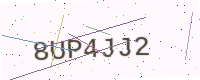
Text: 8UP4JJ2